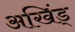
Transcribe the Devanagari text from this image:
अखिंड्